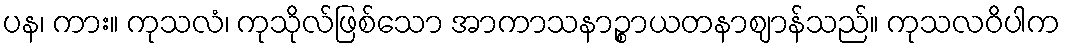
ပန၊ ကား။ ကုသလံ၊ ကုသိုလ်ဖြစ်သော အာကာသနာဉ္စာယတနာဈာန်သည်။ ကုသလဝိပါက